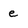
Character: e